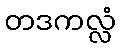
တဒကလ္လံ